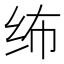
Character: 𱺔